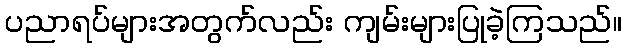
ပညာရပ်များအတွက်လည်း ကျမ်းများပြုခဲ့ကြသည်။